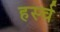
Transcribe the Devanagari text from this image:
हर्स्च